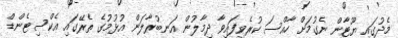
މެދުގައި ޔޫޓާން ނެގުމަށް ހާއްސަ ކުރެވިފައިވާ ދިމާލުން އަނބުރާލަން އުޅުމުގެ ތެރޭގައި އެކްސިޓެންޑް